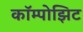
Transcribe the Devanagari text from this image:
कॉम्पोझिट